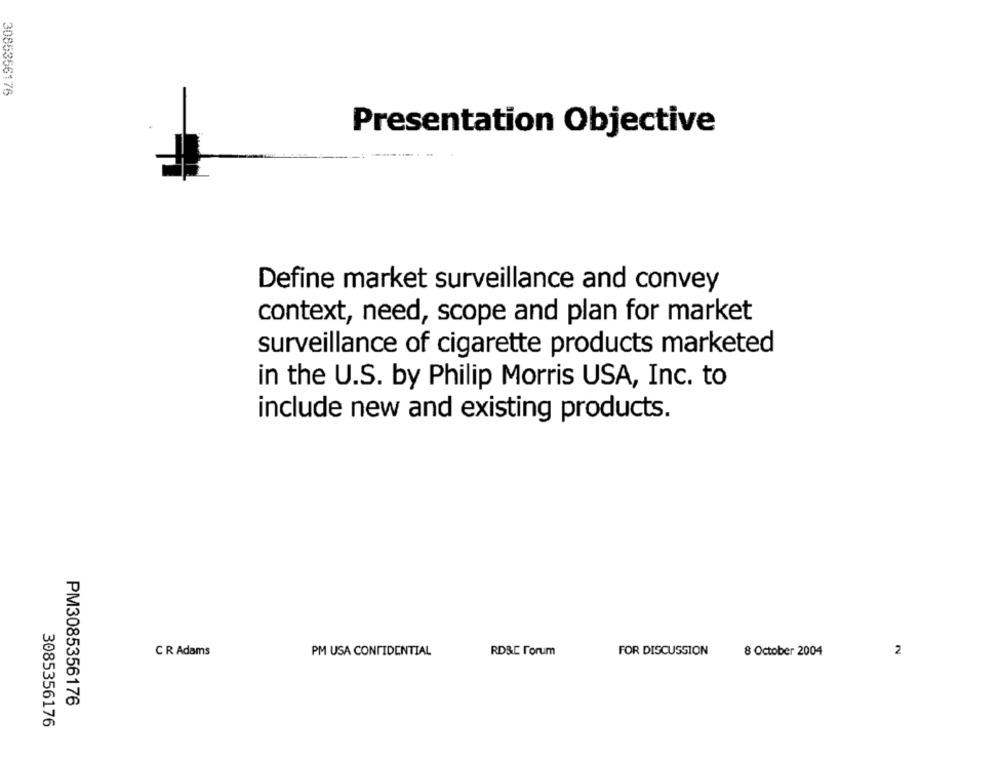
3085356176
Presentation Objective
Define market surveillance and convey
context, need, scope and plan for market
surveillance of cigarette products marketed
in the U.S. by Philip Morris USA, Inc. to
include new and existing products.
C R Adams
PM USA CONFIDENTIAL
RD&E Forum
FOR DISCUSSION
8 October 2004
2
PM3085356176
3085356176